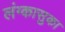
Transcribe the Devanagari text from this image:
लंग्कासुका